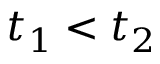
t _ { 1 } < t _ { 2 }